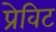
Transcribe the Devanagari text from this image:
प्रेविट